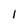
Character: I